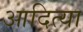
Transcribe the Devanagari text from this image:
आदित्या